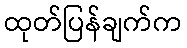
ထုတ်ပြန်ချက်က